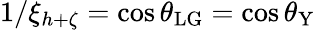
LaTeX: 1/\xi_{h+\zeta}=\cos\theta_{\mathrm{LG}}=\cos\theta_{\mathrm{Y}}